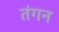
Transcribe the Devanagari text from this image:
तंगन